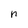
Character: n